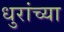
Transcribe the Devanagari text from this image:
धुरांच्या